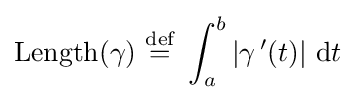
\operatorname {Length} (\gamma )~{\stackrel {\text{def}}{=}}~\int _{a}^{b}|\gamma \,'(t)|~\mathrm {d} {t}